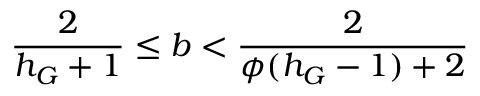
\frac { 2 } { h _ { G } + 1 } \leq b < \frac { 2 } { \phi ( h _ { G } - 1 ) + 2 }